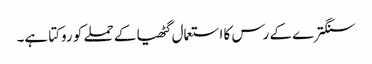
سنگترے کے رس کا استعمال گٹھیا کے حملے کو روکتا ہے۔